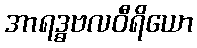
အာရဒ္ဓဗလဝီရိယော